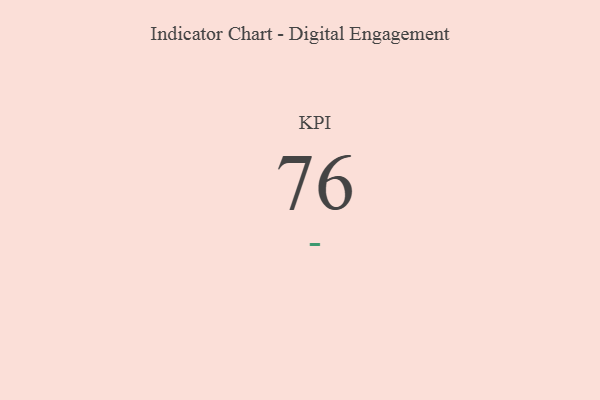
{"axis": {"x": "KPI", "y": "Value"}, "legend": [""], "data": [{"x": "KPI", "y": 76, "type": ""}]}